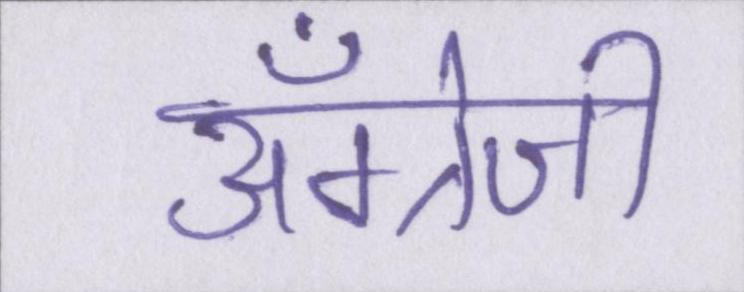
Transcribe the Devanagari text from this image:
अँग्रेजी